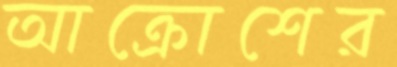
আক্রোশের